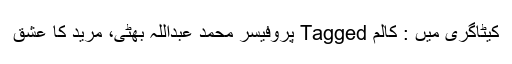
کیٹاگری میں : کالم Tagged پروفیسر محمد عبداللہ بھٹی، مرید کا عشق